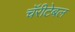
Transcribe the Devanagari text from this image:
चॅरीटेबल